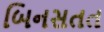
બિનસતત